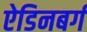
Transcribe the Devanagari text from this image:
ऐडिनबर्ग